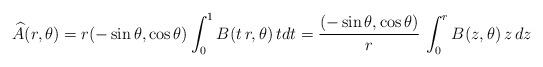
LaTeX: \begin{align*}\widehat A(r,\theta) &= r (-\sin\theta, \cos\theta) \int_0^1 B( t\, r , \theta) \, t dt = \frac{(-\sin\theta, \cos\theta) }{r}\, \int_0^r B(z,\theta)\, z\, dz \end{align*}